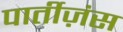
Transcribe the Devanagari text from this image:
पार्तीज़ंस